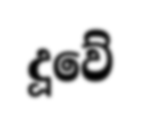
දූවේ